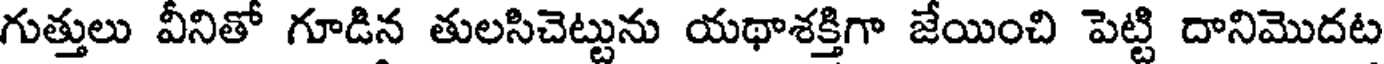
గుత్తులు వీనితో గూడిన తులసిచెట్టును యథాశక్తిగా జేయించి పెట్టి దానిమొదట